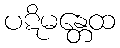
ပဋိမန္တေထ